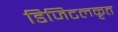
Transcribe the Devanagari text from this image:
डिजिटलकृत